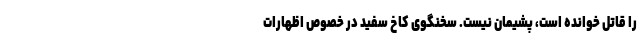
را قاتل خوانده است، پشیمان نیست. سخنگوی کاخ سفید در خصوص اظهارات